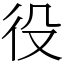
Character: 役